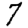
Digit: 7